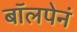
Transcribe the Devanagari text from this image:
बॉलपेनं